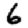
Digit: 6